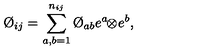
\O _ { i j } = \sum _ { a , b = 1 } ^ { n _ { i j } } \O _ { a b } e ^ { a } \! \! \otimes \! e ^ { b } ,